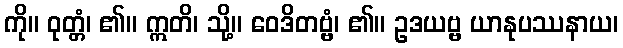
ကို။ ဝုတ္တံ၊ ၏။ ဣတိ၊ သို့။ ဝေဒိတဗ္ဗံ၊ ၏။ ဥဒယဗ္ဗ ယာနုပဿနာယ၊